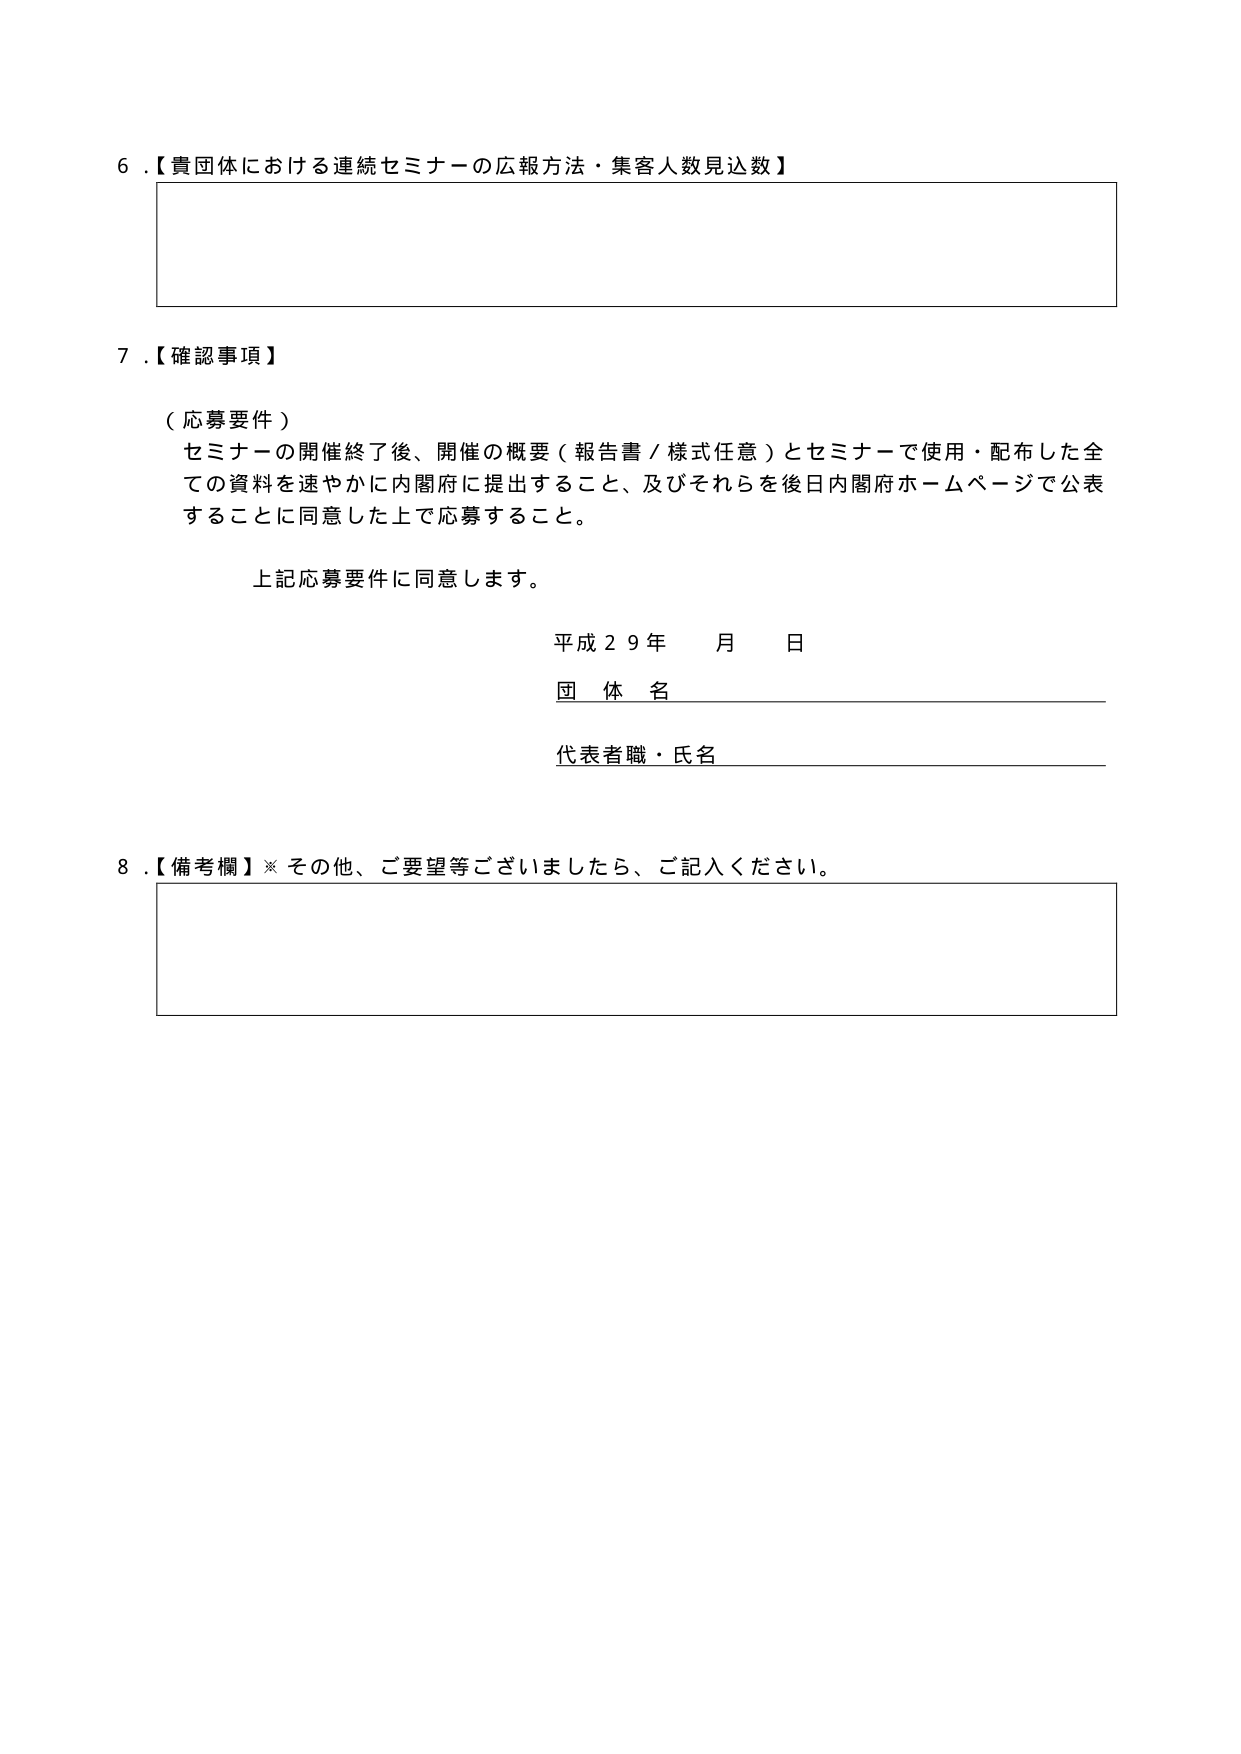
6.【貴団体における連続セミナーの広報方法・集客人数見込数】

7.【確認事項】

（応募要件）
セミナーの開催終了後、開催の概要（報告書／様式任意）とセミナーで使用・配布した全ての資料を速やかに内閣府に提出すること、及びそれらを後日内閣府ホームページで公表することに同意した上で応募すること。

上記応募要件に同意します。

平成29年　月　日
団体名
代表者職・氏名

8.【備考欄】※その他、ご要望等ございましたら、ご記入ください。